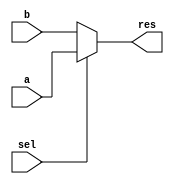
module MUX2TO1
	(
		input[31:0] a, b, 
		input sel,
		output [31:0] res
	);
assign res = sel ? a : b ;
endmodule